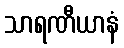
သာရဏီယာနံ